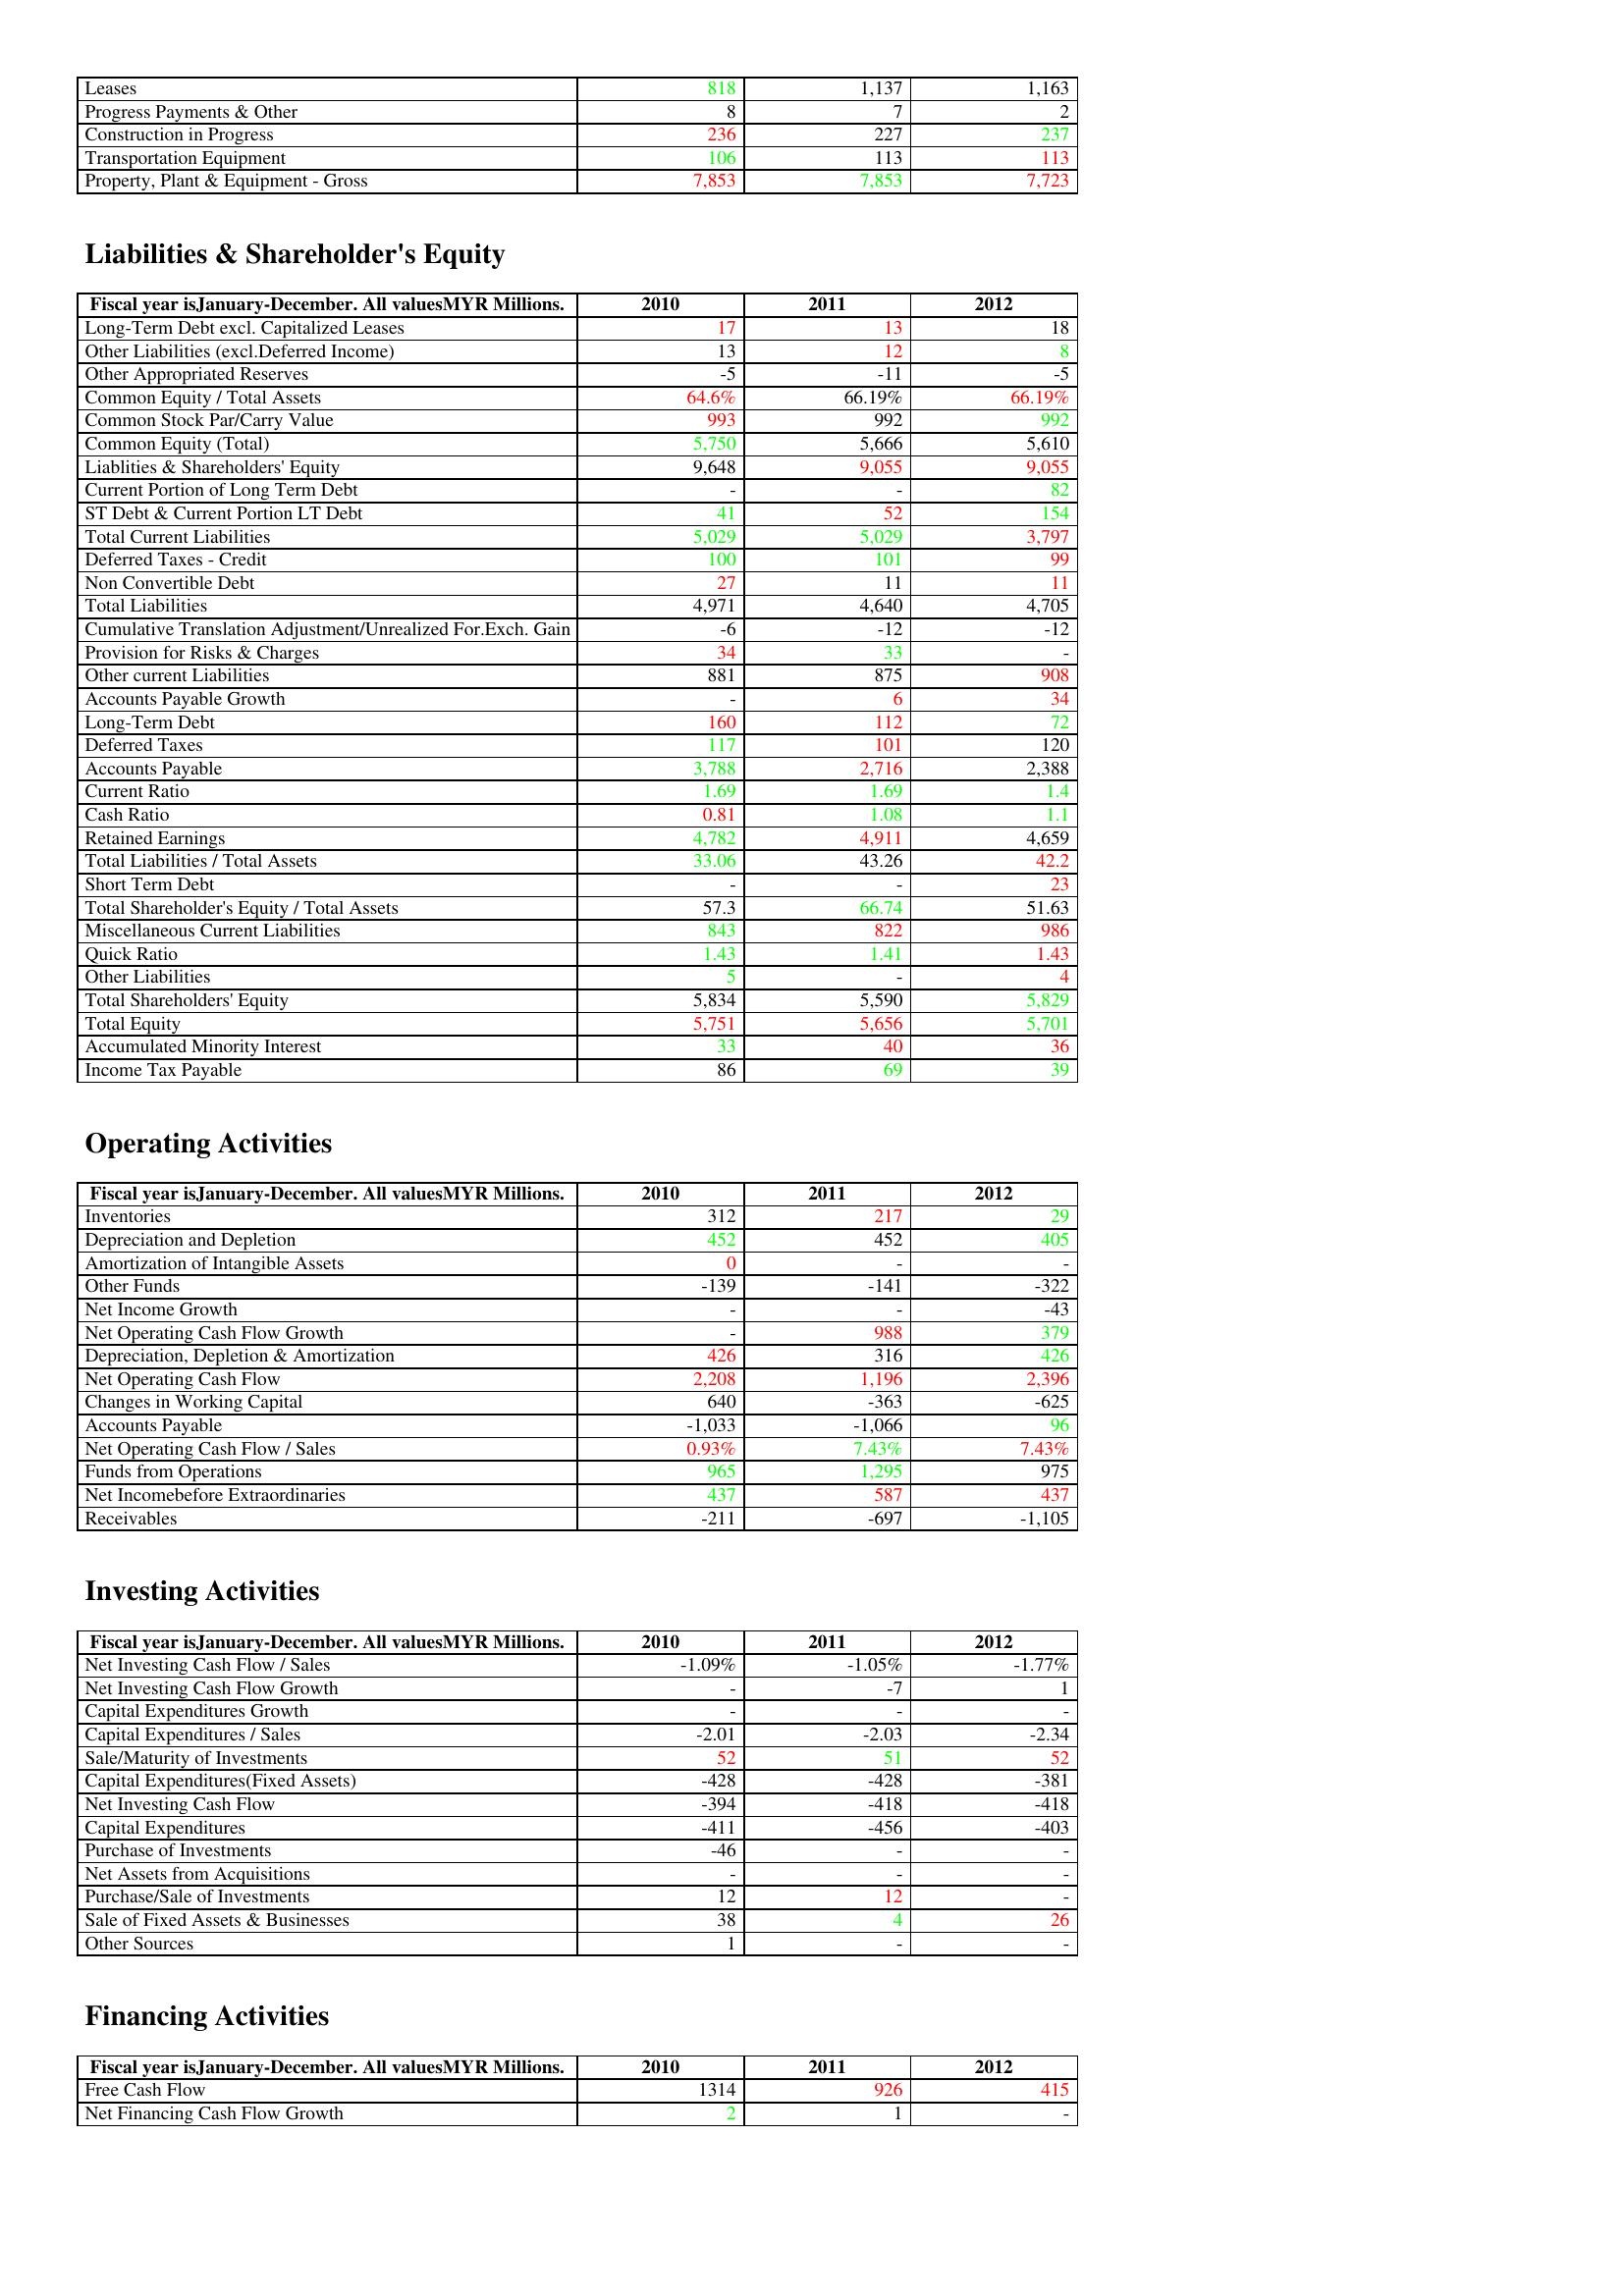
gt_parse: 2010: Assets: Leases: 818
Progress Payments & Other: 8
Construction in Progress: 236
Transportation Equipment: 106
Property, Plant & Equipment - Gross : 7,853
Liabilities & Shareholder's Equity: Long-Term Debt excl. Capitalized Leases: 17
Other Liabilities (excl.Deferred Income): 13
Other Appropriated Reserves: -5
Common Equity / Total Assets: 64.6%
Common Stock Par/Carry Value: 993
Common Equity (Total): 5,750
Liablities & Shareholders' Equity: 9,648
Current Portion of Long Term Debt: -
ST Debt & Current Portion LT Debt: 41
Total Current Liabilities: 5,029
Deferred Taxes - Credit: 100
Non Convertible Debt: 27
Total Liabilities: 4,971
Cumulative Translation Adjustment/Unrealized For.Exch. Gain: -6
Provision for Risks & Charges: 34
Other current Liabilities: 881
Accounts Payable Growth: -
Long-Term Debt: 160
Deferred Taxes: 117
Accounts Payable: 3,788
Current Ratio: 1.69
Cash Ratio: 0.81
Retained Earnings: 4,782
Total Liabilities / Total Assets: 33.06
Short Term Debt: -
Total Shareholder's Equity / Total Assets: 57.3
Miscellaneous Current Liabilities: 843
Quick Ratio: 1.43
Other Liabilities: 5
Total Shareholders' Equity: 5,834
Total Equity: 5,751
Accumulated Minority Interest: 33
Income Tax Payable: 86
Operating Activities: Inventories: 312
Depreciation and Depletion: 452
Amortization of Intangible Assets: 0
Other Funds: -139
Net Income Growth: -
Net Operating Cash Flow Growth: -
Depreciation, Depletion & Amortization: 426
Net Operating Cash Flow: 2,208
Changes in Working Capital: 640
Accounts Payable: -1,033
Net Operating Cash Flow / Sales: 0.93%
Funds from Operations: 965
Net Incomebefore Extraordinaries: 437
Receivables: -211
Investing Activities: Net Investing Cash Flow / Sales: -1.09%
Net Investing Cash Flow Growth: -
Capital Expenditures Growth: -
Capital Expenditures / Sales: -2.01
Sale/Maturity of Investments: 52
Capital Expenditures(Fixed Assets): -428
Net Investing Cash Flow: -394
Capital Expenditures: -411
Purchase of Investments: -46
Net Assets from Acquisitions: -
Purchase/Sale of Investments: 12
Sale of Fixed Assets & Businesses: 38
Other Sources: 1
Financing Activities: Free Cash Flow: 1314
Net Financing Cash Flow Growth: 2
2011: Assets: Leases: 1,137
Progress Payments & Other: 7
Construction in Progress: 227
Transportation Equipment: 113
Property, Plant & Equipment - Gross : 7,853
Liabilities & Shareholder's Equity: Long-Term Debt excl. Capitalized Leases: 13
Other Liabilities (excl.Deferred Income): 12
Other Appropriated Reserves: -11
Common Equity / Total Assets: 66.19%
Common Stock Par/Carry Value: 992
Common Equity (Total): 5,666
Liablities & Shareholders' Equity: 9,055
Current Portion of Long Term Debt: -
ST Debt & Current Portion LT Debt: 52
Total Current Liabilities: 5,029
Deferred Taxes - Credit: 101
Non Convertible Debt: 11
Total Liabilities: 4,640
Cumulative Translation Adjustment/Unrealized For.Exch. Gain: -12
Provision for Risks & Charges: 33
Other current Liabilities: 875
Accounts Payable Growth: 6
Long-Term Debt: 112
Deferred Taxes: 101
Accounts Payable: 2,716
Current Ratio: 1.69
Cash Ratio: 1.08
Retained Earnings: 4,911
Total Liabilities / Total Assets: 43.26
Short Term Debt: -
Total Shareholder's Equity / Total Assets: 66.74
Miscellaneous Current Liabilities: 822
Quick Ratio: 1.41
Other Liabilities: -
Total Shareholders' Equity: 5,590
Total Equity: 5,656
Accumulated Minority Interest: 40
Income Tax Payable: 69
Operating Activities: Inventories: 217
Depreciation and Depletion: 452
Amortization of Intangible Assets: -
Other Funds: -141
Net Income Growth: -
Net Operating Cash Flow Growth: 988
Depreciation, Depletion & Amortization: 316
Net Operating Cash Flow: 1,196
Changes in Working Capital: -363
Accounts Payable: -1,066
Net Operating Cash Flow / Sales: 7.43%
Funds from Operations: 1,295
Net Incomebefore Extraordinaries: 587
Receivables: -697
Investing Activities: Net Investing Cash Flow / Sales: -1.05%
Net Investing Cash Flow Growth: -7
Capital Expenditures Growth: -
Capital Expenditures / Sales: -2.03
Sale/Maturity of Investments: 51
Capital Expenditures(Fixed Assets): -428
Net Investing Cash Flow: -418
Capital Expenditures: -456
Purchase of Investments: -
Net Assets from Acquisitions: -
Purchase/Sale of Investments: 12
Sale of Fixed Assets & Businesses: 4
Other Sources: -
Financing Activities: Free Cash Flow: 926
Net Financing Cash Flow Growth: 1
2012: Assets: Leases: 1,163
Progress Payments & Other: 2
Construction in Progress: 237
Transportation Equipment: 113
Property, Plant & Equipment - Gross : 7,723
Liabilities & Shareholder's Equity: Long-Term Debt excl. Capitalized Leases: 18
Other Liabilities (excl.Deferred Income): 8
Other Appropriated Reserves: -5
Common Equity / Total Assets: 66.19%
Common Stock Par/Carry Value: 992
Common Equity (Total): 5,610
Liablities & Shareholders' Equity: 9,055
Current Portion of Long Term Debt: 82
ST Debt & Current Portion LT Debt: 154
Total Current Liabilities: 3,797
Deferred Taxes - Credit: 99
Non Convertible Debt: 11
Total Liabilities: 4,705
Cumulative Translation Adjustment/Unrealized For.Exch. Gain: -12
Provision for Risks & Charges: -
Other current Liabilities: 908
Accounts Payable Growth: 34
Long-Term Debt: 72
Deferred Taxes: 120
Accounts Payable: 2,388
Current Ratio: 1.4
Cash Ratio: 1.1
Retained Earnings: 4,659
Total Liabilities / Total Assets: 42.2
Short Term Debt: 23
Total Shareholder's Equity / Total Assets: 51.63
Miscellaneous Current Liabilities: 986
Quick Ratio: 1.43
Other Liabilities: 4
Total Shareholders' Equity: 5,829
Total Equity: 5,701
Accumulated Minority Interest: 36
Income Tax Payable: 39
Operating Activities: Inventories: 29
Depreciation and Depletion: 405
Amortization of Intangible Assets: -
Other Funds: -322
Net Income Growth: -43
Net Operating Cash Flow Growth: 379
Depreciation, Depletion & Amortization: 426
Net Operating Cash Flow: 2,396
Changes in Working Capital: -625
Accounts Payable: 96
Net Operating Cash Flow / Sales: 7.43%
Funds from Operations: 975
Net Incomebefore Extraordinaries: 437
Receivables: -1,105
Investing Activities: Net Investing Cash Flow / Sales: -1.77%
Net Investing Cash Flow Growth: 1
Capital Expenditures Growth: -
Capital Expenditures / Sales: -2.34
Sale/Maturity of Investments: 52
Capital Expenditures(Fixed Assets): -381
Net Investing Cash Flow: -418
Capital Expenditures: -403
Purchase of Investments: -
Net Assets from Acquisitions: -
Purchase/Sale of Investments: -
Sale of Fixed Assets & Businesses: 26
Other Sources: -
Financing Activities: Free Cash Flow: 415
Net Financing Cash Flow Growth: -